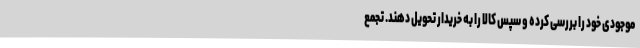
موجودی خود را بررسی کرده و سپس کالا را به خریدار تحویل دهند. تجمع